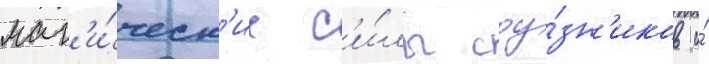
маг'и́ческ'ие с'и́лы соу́зн'иков и́